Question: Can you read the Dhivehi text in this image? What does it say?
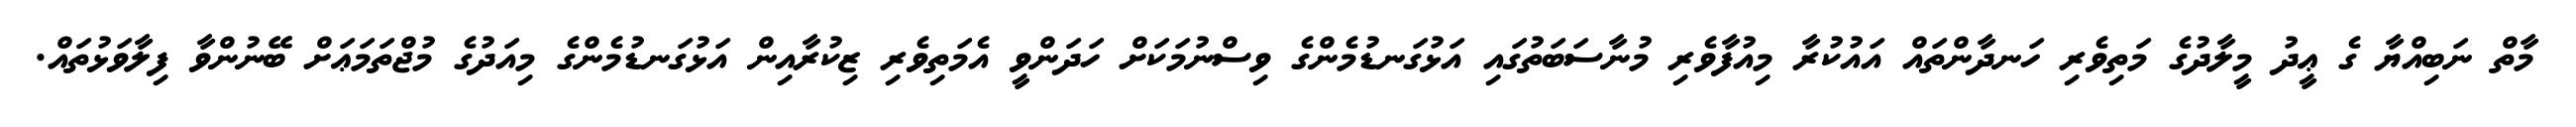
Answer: މާތް ނަބިއްޔާ ގެ ޢީދު މީލާދުގެ މަތިވެރި ހަނދާންތައް އައުކުރާ މިއުފާވެރި މުނާސަބަތުގައި އަޅުގަނޑުމެންގެ ވިސްނުމަކަށް ހަދަންވީ އެމަތިވެރި ޒިކުރާއިން އަޅުގަނޑުމެންގެ މިއަދުގެ މުޖްތަމަޢަށް ބޭނުންވާ ފިލާވަޅުތައް.